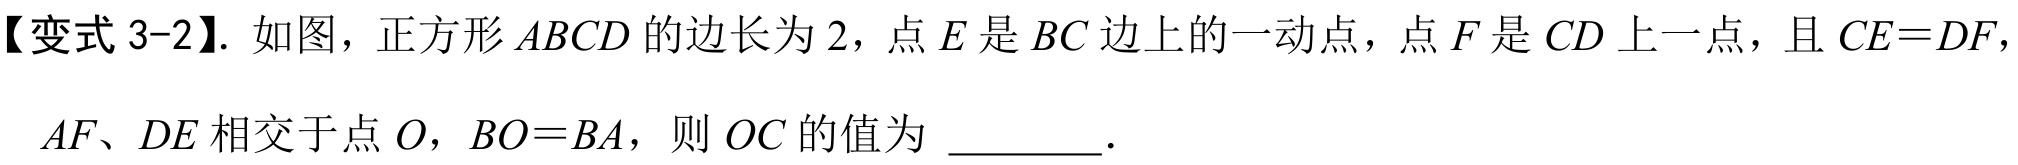
【变式 3-2】. 如图，正方形 \(ABCD\) 的边长为 \(2\)，点 \(E\) 是 \(BC\) 边上的一动点，点 \(F\) 是 \(CD\) 上一点，且 \(CE = DF\)，

\(AF\)、\(DE\) 相交于点 \(O\)，\(BO = BA\)，则 \(OC\) 的值为 \_\_\_\_\_ .